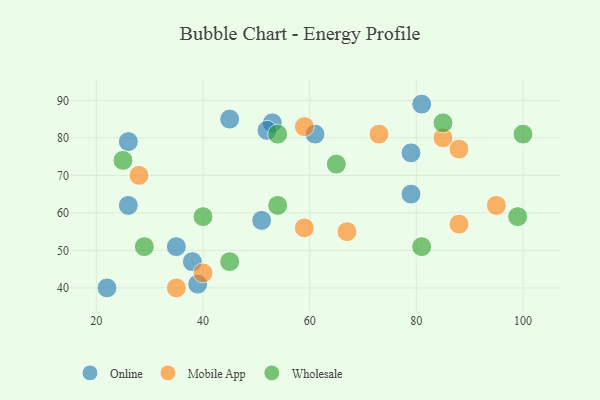
{"axis": {"x": "GDP", "y": "Life Expectancy"}, "legend": ["Mobile App", "Online", "Wholesale"], "data": [{"x": "53", "y": 84, "type": "Online"}, {"x": "35", "y": 51, "type": "Online"}, {"x": "79", "y": 76, "type": "Online"}, {"x": "79", "y": 65, "type": "Online"}, {"x": "26", "y": 62, "type": "Online"}, {"x": "61", "y": 81, "type": "Online"}, {"x": "81", "y": 89, "type": "Online"}, {"x": "26", "y": 79, "type": "Online"}, {"x": "39", "y": 41, "type": "Online"}, {"x": "22", "y": 40, "type": "Online"}, {"x": "38", "y": 47, "type": "Online"}, {"x": "51", "y": 58, "type": "Online"}, {"x": "52", "y": 82, "type": "Online"}, {"x": "45", "y": 85, "type": "Online"}, {"x": "67", "y": 55, "type": "Mobile App"}, {"x": "85", "y": 80, "type": "Mobile App"}, {"x": "73", "y": 81, "type": "Mobile App"}, {"x": "95", "y": 62, "type": "Mobile App"}, {"x": "35", "y": 40, "type": "Mobile App"}, {"x": "59", "y": 56, "type": "Mobile App"}, {"x": "88", "y": 57, "type": "Mobile App"}, {"x": "88", "y": 77, "type": "Mobile App"}, {"x": "40", "y": 44, "type": "Mobile App"}, {"x": "28", "y": 70, "type": "Mobile App"}, {"x": "59", "y": 83, "type": "Mobile App"}, {"x": "65", "y": 73, "type": "Wholesale"}, {"x": "40", "y": 59, "type": "Wholesale"}, {"x": "54", "y": 62, "type": "Wholesale"}, {"x": "25", "y": 74, "type": "Wholesale"}, {"x": "54", "y": 81, "type": "Wholesale"}, {"x": "45", "y": 47, "type": "Wholesale"}, {"x": "29", "y": 51, "type": "Wholesale"}, {"x": "85", "y": 84, "type": "Wholesale"}, {"x": "99", "y": 59, "type": "Wholesale"}, {"x": "100", "y": 81, "type": "Wholesale"}, {"x": "81", "y": 51, "type": "Wholesale"}]}